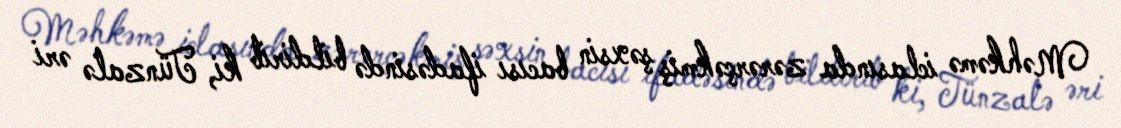
Məhkəmə iclasında zərərçəkmiş şəxsin bacısı ifadəsində bildirib ki, Tünzalə əri